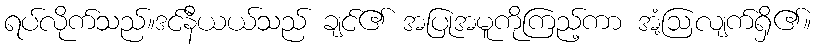
ရပ်လိုက်သည်။ဒင်နီယယ်သည် ချင်၏ အပြုအမူကိုကြည့်ကာ အံ့ဩလျက်ရှိ၏။